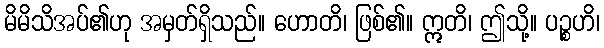
မိမိသိအပ်၏ဟု အမှတ်ရှိသည်။ ဟောတိ၊ ဖြစ်၏။ ဣတိ၊ ဤသို့။ ပဉ္စဟိ၊